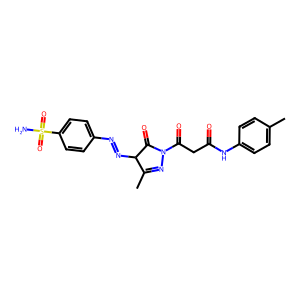
SMILES: CC1=NN(C(=O)CC(=O)Nc2ccc(C)cc2)C(=O)C1N=Nc1ccc(S(N)(=O)=O)cc1
Inhibits HIV replication: No